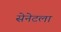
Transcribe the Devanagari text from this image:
सेनेटला